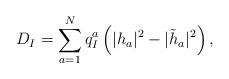
LaTeX: \begin{align*}D_I = \sum_{a=1}^{N} q_I^a \left( |h_a|^2 - |\tilde h_a|^2 \right),\end{align*}